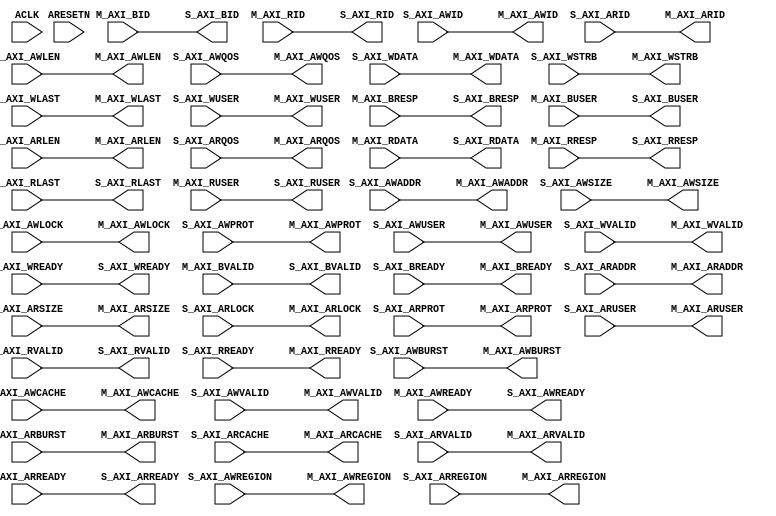
// -- (c) Copyright 2010 - 2011 Xilinx, Inc. All rights reserved.
// --
// -- This file contains confidential and proprietary information
// -- of Xilinx, Inc. and is protected under U.S. and 
// -- international copyright and other intellectual property
// -- laws.
// --
// -- DISCLAIMER
// -- This disclaimer is not a license and does not grant any
// -- rights to the materials distributed herewith. Except as
// -- otherwise provided in a valid license issued to you by
// -- Xilinx, and to the maximum extent permitted by applicable
// -- law: (1) THESE MATERIALS ARE MADE AVAILABLE "AS IS" AND
// -- WITH ALL FAULTS, AND XILINX HEREBY DISCLAIMS ALL WARRANTIES
// -- AND CONDITIONS, EXPRESS, IMPLIED, OR STATUTORY, INCLUDING
// -- BUT NOT LIMITED TO WARRANTIES OF MERCHANTABILITY, NON-
// -- INFRINGEMENT, OR FITNESS FOR ANY PARTICULAR PURPOSE; and
// -- (2) Xilinx shall not be liable (whether in contract or tort,
// -- including negligence, or under any other theory of
// -- liability) for any loss or damage of any kind or nature
// -- related to, arising under or in connection with these
// -- materials, including for any direct, or any indirect,
// -- special, incidental, or consequential loss or damage
// -- (including loss of data, profits, goodwill, or any type of
// -- loss or damage suffered as a result of any action brought
// -- by a third party) even if such damage or loss was
// -- reasonably foreseeable or Xilinx had been advised of the
// -- possibility of the same.
// --
// -- CRITICAL APPLICATIONS
// -- Xilinx products are not designed or intended to be fail-
// -- safe, or for use in any application requiring fail-safe
// -- performance, such as life-support or safety devices or
// -- systems, Class III medical devices, nuclear facilities,
// -- applications related to the deployment of airbags, or any
// -- other applications that could lead to death, personal
// -- injury, or severe property or environmental damage
// -- (individually and collectively, "Critical
// -- Applications"). Customer assumes the sole risk and
// -- liability of any use of Xilinx products in Critical
// -- Applications, subject only to applicable laws and
// -- regulations governing limitations on product liability.
// --
// -- THIS COPYRIGHT NOTICE AND DISCLAIMER MUST BE RETAINED AS
// -- PART OF THIS FILE AT ALL TIMES.
//-----------------------------------------------------------------------------
//
// AXI data fifo module:    
//   5-channel memory-mapped AXI4 interfaces.
//   SRL or BRAM based FIFO on AXI W and/or R channels.
//   FIFO to accommodate various data flow rates through the AXI interconnect
//
// Verilog-standard:  Verilog 2001
//-----------------------------------------------------------------------------
//
// Structure:
//   axi_data_fifo
//     axic_fifo
//       fifo_gen
//
//-----------------------------------------------------------------------------

`timescale 1ps/1ps

module axi_data_fifo #
  (
   parameter         C_FAMILY                    = "none",
   parameter integer C_AXI_ID_WIDTH              = 4,
   parameter integer C_AXI_ADDR_WIDTH            = 32,
   parameter integer C_AXI_DATA_WIDTH            = 32,
   parameter integer C_AXI_SUPPORTS_USER_SIGNALS = 0,
   parameter integer C_AXI_AWUSER_WIDTH          = 1,
   parameter integer C_AXI_ARUSER_WIDTH          = 1,
   parameter integer C_AXI_WUSER_WIDTH           = 1,
   parameter integer C_AXI_RUSER_WIDTH           = 1,
   parameter integer C_AXI_BUSER_WIDTH           = 1,
   parameter integer C_AXI_WRITE_FIFO_DEPTH      = 0,      // Range: (0, 32, 512)
   parameter         C_AXI_WRITE_FIFO_TYPE       = "lut",  // "lut" = LUT (SRL) based,
                                                           // "bram" = BRAM based
   parameter integer C_AXI_WRITE_FIFO_DELAY      = 0,      // 0 = No, 1 = Yes (FUTURE FEATURE)
                       // Indicates whether AWVALID and WVALID assertion is delayed until:
                       //   a. the corresponding WLAST is stored in the FIFO, or
                       //   b. no WLAST is stored and the FIFO is full.
                       // 0 means AW channel is pass-through and 
                       //   WVALID is asserted whenever FIFO is not empty.
   parameter integer C_AXI_READ_FIFO_DEPTH       = 0,      // Range: (0, 32, 512)
   parameter         C_AXI_READ_FIFO_TYPE        = "lut",  // "lut" = LUT (SRL) based,
                                                           // "bram" = BRAM based
   parameter integer C_AXI_READ_FIFO_DELAY       = 0)      // 0 = No, 1 = Yes (FUTURE FEATURE)
                       // Indicates whether ARVALID assertion is delayed until the 
                       //   the remaining vacancy of the FIFO is at least the burst length
                       //   as indicated by ARLEN.
                       // 0 means AR channel is pass-through.
   // System Signals
  (input wire ACLK,
   input wire ARESETN,

   // Slave Interface Write Address Ports
   input  wire [C_AXI_ID_WIDTH-1:0]     S_AXI_AWID,
   input  wire [C_AXI_ADDR_WIDTH-1:0]   S_AXI_AWADDR,
   input  wire [8-1:0]                  S_AXI_AWLEN,
   input  wire [3-1:0]                  S_AXI_AWSIZE,
   input  wire [2-1:0]                  S_AXI_AWBURST,
   input  wire [2-1:0]                  S_AXI_AWLOCK,
   input  wire [4-1:0]                  S_AXI_AWCACHE,
   input  wire [3-1:0]                  S_AXI_AWPROT,
   input  wire [4-1:0]                  S_AXI_AWREGION,
   input  wire [4-1:0]                  S_AXI_AWQOS,
   input  wire [C_AXI_AWUSER_WIDTH-1:0] S_AXI_AWUSER,
   input  wire                          S_AXI_AWVALID,
   output wire                          S_AXI_AWREADY,

   // Slave Interface Write Data Ports
   input  wire [C_AXI_DATA_WIDTH-1:0]   S_AXI_WDATA,
   input  wire [C_AXI_DATA_WIDTH/8-1:0] S_AXI_WSTRB,
   input  wire                          S_AXI_WLAST,
   input  wire [C_AXI_WUSER_WIDTH-1:0]  S_AXI_WUSER,
   input  wire                          S_AXI_WVALID,
   output wire                          S_AXI_WREADY,

   // Slave Interface Write Response Ports
   output wire [C_AXI_ID_WIDTH-1:0]     S_AXI_BID,
   output wire [2-1:0]                  S_AXI_BRESP,
   output wire [C_AXI_BUSER_WIDTH-1:0]  S_AXI_BUSER,
   output wire                          S_AXI_BVALID,
   input  wire                          S_AXI_BREADY,

   // Slave Interface Read Address Ports
   input  wire [C_AXI_ID_WIDTH-1:0]     S_AXI_ARID,
   input  wire [C_AXI_ADDR_WIDTH-1:0]   S_AXI_ARADDR,
   input  wire [8-1:0]                  S_AXI_ARLEN,
   input  wire [3-1:0]                  S_AXI_ARSIZE,
   input  wire [2-1:0]                  S_AXI_ARBURST,
   input  wire [2-1:0]                  S_AXI_ARLOCK,
   input  wire [4-1:0]                  S_AXI_ARCACHE,
   input  wire [3-1:0]                  S_AXI_ARPROT,
   input  wire [4-1:0]                  S_AXI_ARREGION,
   input  wire [4-1:0]                  S_AXI_ARQOS,
   input  wire [C_AXI_ARUSER_WIDTH-1:0] S_AXI_ARUSER,
   input  wire                          S_AXI_ARVALID,
   output wire                          S_AXI_ARREADY,

   // Slave Interface Read Data Ports
   output wire [C_AXI_ID_WIDTH-1:0]     S_AXI_RID,
   output wire [C_AXI_DATA_WIDTH-1:0]   S_AXI_RDATA,
   output wire [2-1:0]                  S_AXI_RRESP,
   output wire                          S_AXI_RLAST,
   output wire [C_AXI_RUSER_WIDTH-1:0]  S_AXI_RUSER,
   output wire                          S_AXI_RVALID,
   input  wire                          S_AXI_RREADY,
   
   // Master Interface Write Address Port
   output wire [C_AXI_ID_WIDTH-1:0]     M_AXI_AWID,
   output wire [C_AXI_ADDR_WIDTH-1:0]   M_AXI_AWADDR,
   output wire [8-1:0]                  M_AXI_AWLEN,
   output wire [3-1:0]                  M_AXI_AWSIZE,
   output wire [2-1:0]                  M_AXI_AWBURST,
   output wire [2-1:0]                  M_AXI_AWLOCK,
   output wire [4-1:0]                  M_AXI_AWCACHE,
   output wire [3-1:0]                  M_AXI_AWPROT,
   output wire [4-1:0]                  M_AXI_AWREGION,
   output wire [4-1:0]                  M_AXI_AWQOS,
   output wire [C_AXI_AWUSER_WIDTH-1:0] M_AXI_AWUSER,
   output wire                          M_AXI_AWVALID,
   input  wire                          M_AXI_AWREADY,
   
   // Master Interface Write Data Ports
   output wire [C_AXI_DATA_WIDTH-1:0]   M_AXI_WDATA,
   output wire [C_AXI_DATA_WIDTH/8-1:0] M_AXI_WSTRB,
   output wire                          M_AXI_WLAST,
   output wire [C_AXI_WUSER_WIDTH-1:0]  M_AXI_WUSER,
   output wire                          M_AXI_WVALID,
   input  wire                          M_AXI_WREADY,
   
   // Master Interface Write Response Ports
   input  wire [C_AXI_ID_WIDTH-1:0]     M_AXI_BID,
   input  wire [2-1:0]                  M_AXI_BRESP,
   input  wire [C_AXI_BUSER_WIDTH-1:0]  M_AXI_BUSER,
   input  wire                          M_AXI_BVALID,
   output wire                          M_AXI_BREADY,
   
   // Master Interface Read Address Port
   output wire [C_AXI_ID_WIDTH-1:0]     M_AXI_ARID,
   output wire [C_AXI_ADDR_WIDTH-1:0]   M_AXI_ARADDR,
   output wire [8-1:0]                  M_AXI_ARLEN,
   output wire [3-1:0]                  M_AXI_ARSIZE,
   output wire [2-1:0]                  M_AXI_ARBURST,
   output wire [2-1:0]                  M_AXI_ARLOCK,
   output wire [4-1:0]                  M_AXI_ARCACHE,
   output wire [3-1:0]                  M_AXI_ARPROT,
   output wire [4-1:0]                  M_AXI_ARREGION,
   output wire [4-1:0]                  M_AXI_ARQOS,
   output wire [C_AXI_ARUSER_WIDTH-1:0] M_AXI_ARUSER,
   output wire                          M_AXI_ARVALID,
   input  wire                          M_AXI_ARREADY,
   
   // Master Interface Read Data Ports
   input  wire [C_AXI_ID_WIDTH-1:0]     M_AXI_RID,
   input  wire [C_AXI_DATA_WIDTH-1:0]   M_AXI_RDATA,
   input  wire [2-1:0]                  M_AXI_RRESP,
   input  wire                          M_AXI_RLAST,
   input  wire [C_AXI_RUSER_WIDTH-1:0]  M_AXI_RUSER,
   input  wire                          M_AXI_RVALID,
   output wire                          M_AXI_RREADY);
  
  /////////////////////////////////////////////////////////////////////////////
  // Functions
  /////////////////////////////////////////////////////////////////////////////
  // Log2.
  function integer log2;
    input integer value;
  begin
    for (log2=0; value>1; log2=log2+1) begin
      value = value >> 1;
    end
  end
  endfunction

  wire reset;
  assign reset = ~ARESETN;

  // Log2 of FIFO_DEPTHS
  localparam integer C_AXI_WRITE_FIFO_DEPTH_LOG = log2(C_AXI_WRITE_FIFO_DEPTH);
  localparam integer C_AXI_READ_FIFO_DEPTH_LOG  = log2(C_AXI_READ_FIFO_DEPTH);

  // Write Data Port bit positions
  localparam integer C_WUSER_RIGHT   = 0;
  localparam integer C_WUSER_LEN     = C_AXI_SUPPORTS_USER_SIGNALS*C_AXI_WUSER_WIDTH;
  localparam integer C_WLAST_RIGHT   = C_WUSER_RIGHT + C_WUSER_LEN;
  localparam integer C_WLAST_LEN     = 1;
  localparam integer C_WSTRB_RIGHT   = C_WLAST_RIGHT + C_WLAST_LEN;
  localparam integer C_WSTRB_LEN     = C_AXI_DATA_WIDTH/8;
  localparam integer C_WDATA_RIGHT   = C_WSTRB_RIGHT + C_WSTRB_LEN;
  localparam integer C_WDATA_LEN     = C_AXI_DATA_WIDTH;
  localparam integer C_W_SIZE        = C_WDATA_RIGHT + C_WDATA_LEN;

  // Write Data Port FIFO data read and write
  wire [C_W_SIZE-1:0] s_w_data;
  wire [C_W_SIZE-1:0] m_w_data;

  // Read Data Ports bit positions
  localparam integer C_RUSER_RIGHT   = 0;
  localparam integer C_RUSER_LEN     = C_AXI_SUPPORTS_USER_SIGNALS*C_AXI_RUSER_WIDTH;
  localparam integer C_RLAST_RIGHT   = C_RUSER_RIGHT + C_RUSER_LEN;
  localparam integer C_RLAST_LEN     = 1;
  localparam integer C_RRESP_RIGHT   = C_RLAST_RIGHT + C_RLAST_LEN;
  localparam integer C_RRESP_LEN     = 2;
  localparam integer C_RDATA_RIGHT   = C_RRESP_RIGHT + C_RRESP_LEN;
  localparam integer C_RDATA_LEN     = C_AXI_DATA_WIDTH;
  localparam integer C_RID_RIGHT     = C_RDATA_RIGHT + C_RDATA_LEN;
  localparam integer C_RID_LEN       = C_AXI_ID_WIDTH;
  localparam integer C_R_SIZE        = C_RID_RIGHT + C_RID_LEN;

  // Read Data Ports FIFO data read and write
  wire [C_R_SIZE-1:0] s_r_data;
  wire [C_R_SIZE-1:0] m_r_data;
  
  // Write address port
  assign M_AXI_AWID     = S_AXI_AWID;
  assign M_AXI_AWADDR   = S_AXI_AWADDR;
  assign M_AXI_AWLEN    = S_AXI_AWLEN;
  assign M_AXI_AWSIZE   = S_AXI_AWSIZE;
  assign M_AXI_AWBURST  = S_AXI_AWBURST;
  assign M_AXI_AWLOCK   = S_AXI_AWLOCK;
  assign M_AXI_AWCACHE  = S_AXI_AWCACHE;
  assign M_AXI_AWPROT   = S_AXI_AWPROT;
  assign M_AXI_AWREGION = S_AXI_AWREGION;
  assign M_AXI_AWQOS    = S_AXI_AWQOS;
  assign M_AXI_AWUSER   = S_AXI_AWUSER;
  assign M_AXI_AWVALID  = S_AXI_AWVALID;
  assign S_AXI_AWREADY  = M_AXI_AWREADY;

  // Write Response Port
  assign S_AXI_BID      = M_AXI_BID;
  assign S_AXI_BRESP    = M_AXI_BRESP;
  assign S_AXI_BUSER    = M_AXI_BUSER;
  assign S_AXI_BVALID   = M_AXI_BVALID;
  assign M_AXI_BREADY   = S_AXI_BREADY;

  // Read Address Port
  assign M_AXI_ARID     = S_AXI_ARID;
  assign M_AXI_ARADDR   = S_AXI_ARADDR;
  assign M_AXI_ARLEN    = S_AXI_ARLEN;
  assign M_AXI_ARSIZE   = S_AXI_ARSIZE;
  assign M_AXI_ARBURST  = S_AXI_ARBURST;
  assign M_AXI_ARLOCK   = S_AXI_ARLOCK;
  assign M_AXI_ARCACHE  = S_AXI_ARCACHE;
  assign M_AXI_ARPROT   = S_AXI_ARPROT;
  assign M_AXI_ARREGION = S_AXI_ARREGION;
  assign M_AXI_ARQOS    = S_AXI_ARQOS;
  assign M_AXI_ARUSER   = S_AXI_ARUSER;
  assign M_AXI_ARVALID  = S_AXI_ARVALID;
  assign S_AXI_ARREADY  = M_AXI_ARREADY;
  
  generate

    // Write Data Port
    if (C_AXI_WRITE_FIFO_DEPTH != 0) begin : gen_fifo_write_ch
      if (C_AXI_SUPPORTS_USER_SIGNALS == 1) begin : gen_async_w_user
        assign s_w_data     = {S_AXI_WDATA, S_AXI_WSTRB, S_AXI_WLAST, S_AXI_WUSER};
        assign M_AXI_WUSER = m_w_data[C_WUSER_RIGHT+:C_WUSER_LEN];
      end
      else begin : gen_asynch_w_no_user
        assign s_w_data     = {S_AXI_WDATA, S_AXI_WSTRB, S_AXI_WLAST};
        assign M_AXI_WUSER  = {C_AXI_WUSER_WIDTH{1'b0}};
      end

      assign M_AXI_WDATA    = m_w_data[C_WDATA_RIGHT+:C_WDATA_LEN];
      assign M_AXI_WSTRB    = m_w_data[C_WSTRB_RIGHT+:C_WSTRB_LEN];
      assign M_AXI_WLAST    = m_w_data[C_WLAST_RIGHT+:C_WLAST_LEN];

      axic_fifo #
        (
         .C_FAMILY          (C_FAMILY),
         .C_FIFO_WIDTH      (C_W_SIZE),
         .C_FIFO_TYPE       (C_AXI_WRITE_FIFO_TYPE),
         .C_FIFO_DEPTH_LOG  (C_AXI_WRITE_FIFO_DEPTH_LOG)
         )
        write_data_fifo
          (
           .ACLK    (ACLK),
           .ARESET  (reset),
           .S_MESG  (s_w_data),
           .S_VALID (S_AXI_WVALID),
           .S_READY (S_AXI_WREADY),
           .M_MESG  (m_w_data),
           .M_VALID (M_AXI_WVALID),
           .M_READY (M_AXI_WREADY)
           );
    
    end else begin : gen_bypass_write_ch
      assign M_AXI_WDATA    = S_AXI_WDATA;
      assign M_AXI_WSTRB    = S_AXI_WSTRB;
      assign M_AXI_WLAST    = S_AXI_WLAST;
      assign M_AXI_WUSER    = S_AXI_WUSER;
      assign M_AXI_WVALID   = S_AXI_WVALID;
      assign S_AXI_WREADY   = M_AXI_WREADY;
    end

    // Read Data Port
    if (C_AXI_READ_FIFO_DEPTH != 0) begin : gen_fifo_read_ch
      if (C_AXI_SUPPORTS_USER_SIGNALS == 1) begin : gen_async_r_user
        assign m_r_data     = {M_AXI_RID, M_AXI_RDATA, M_AXI_RRESP, M_AXI_RLAST, M_AXI_RUSER};
        assign S_AXI_RUSER  = s_r_data[C_RUSER_RIGHT+:C_RUSER_LEN];
      end
      else begin : gen_asynch_r_no_user
        assign m_r_data     = {M_AXI_RID, M_AXI_RDATA, M_AXI_RRESP, M_AXI_RLAST};
        assign S_AXI_RUSER  = {C_AXI_RUSER_WIDTH{1'b0}};
      end

      assign S_AXI_RID      = s_r_data[C_RID_RIGHT+:C_RID_LEN];
      assign S_AXI_RDATA    = s_r_data[C_RDATA_RIGHT+:C_RDATA_LEN];
      assign S_AXI_RRESP    = s_r_data[C_RRESP_RIGHT+:C_RRESP_LEN];
      assign S_AXI_RLAST    = s_r_data[C_RLAST_RIGHT+:C_RLAST_LEN];

      axic_fifo #
        (
         .C_FAMILY          (C_FAMILY),
         .C_FIFO_WIDTH      (C_R_SIZE),
         .C_FIFO_TYPE       (C_AXI_READ_FIFO_TYPE),
         .C_FIFO_DEPTH_LOG  (C_AXI_READ_FIFO_DEPTH_LOG)
         )
        read_data_fifo
          (
           .ACLK    (ACLK),
           .ARESET  (reset),
           .S_MESG  (m_r_data),
           .S_VALID (M_AXI_RVALID),
           .S_READY (M_AXI_RREADY),
           .M_MESG  (s_r_data),
           .M_VALID (S_AXI_RVALID),
           .M_READY (S_AXI_RREADY)
           );
    
    end else begin : gen_bypass_read_ch
      assign S_AXI_RID      = M_AXI_RID;
      assign S_AXI_RDATA    = M_AXI_RDATA;
      assign S_AXI_RRESP    = M_AXI_RRESP;
      assign S_AXI_RLAST    = M_AXI_RLAST;
      assign S_AXI_RUSER    = M_AXI_RUSER;
      assign S_AXI_RVALID   = M_AXI_RVALID;
      assign M_AXI_RREADY   = S_AXI_RREADY;
    end

  endgenerate

endmodule